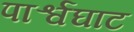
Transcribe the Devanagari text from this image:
पार्श्वघाट